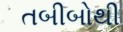
તબીબોથી